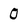
Character: 0